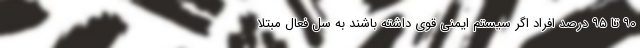
۹۰ تا ۹۵ درصد افراد اگر سیستم ایمنی قوی داشته باشند به سل فعال مبتلا